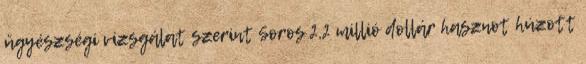
ügyészségi vizsgálat szerint Soros 2,2 millió dollár hasznot húzott